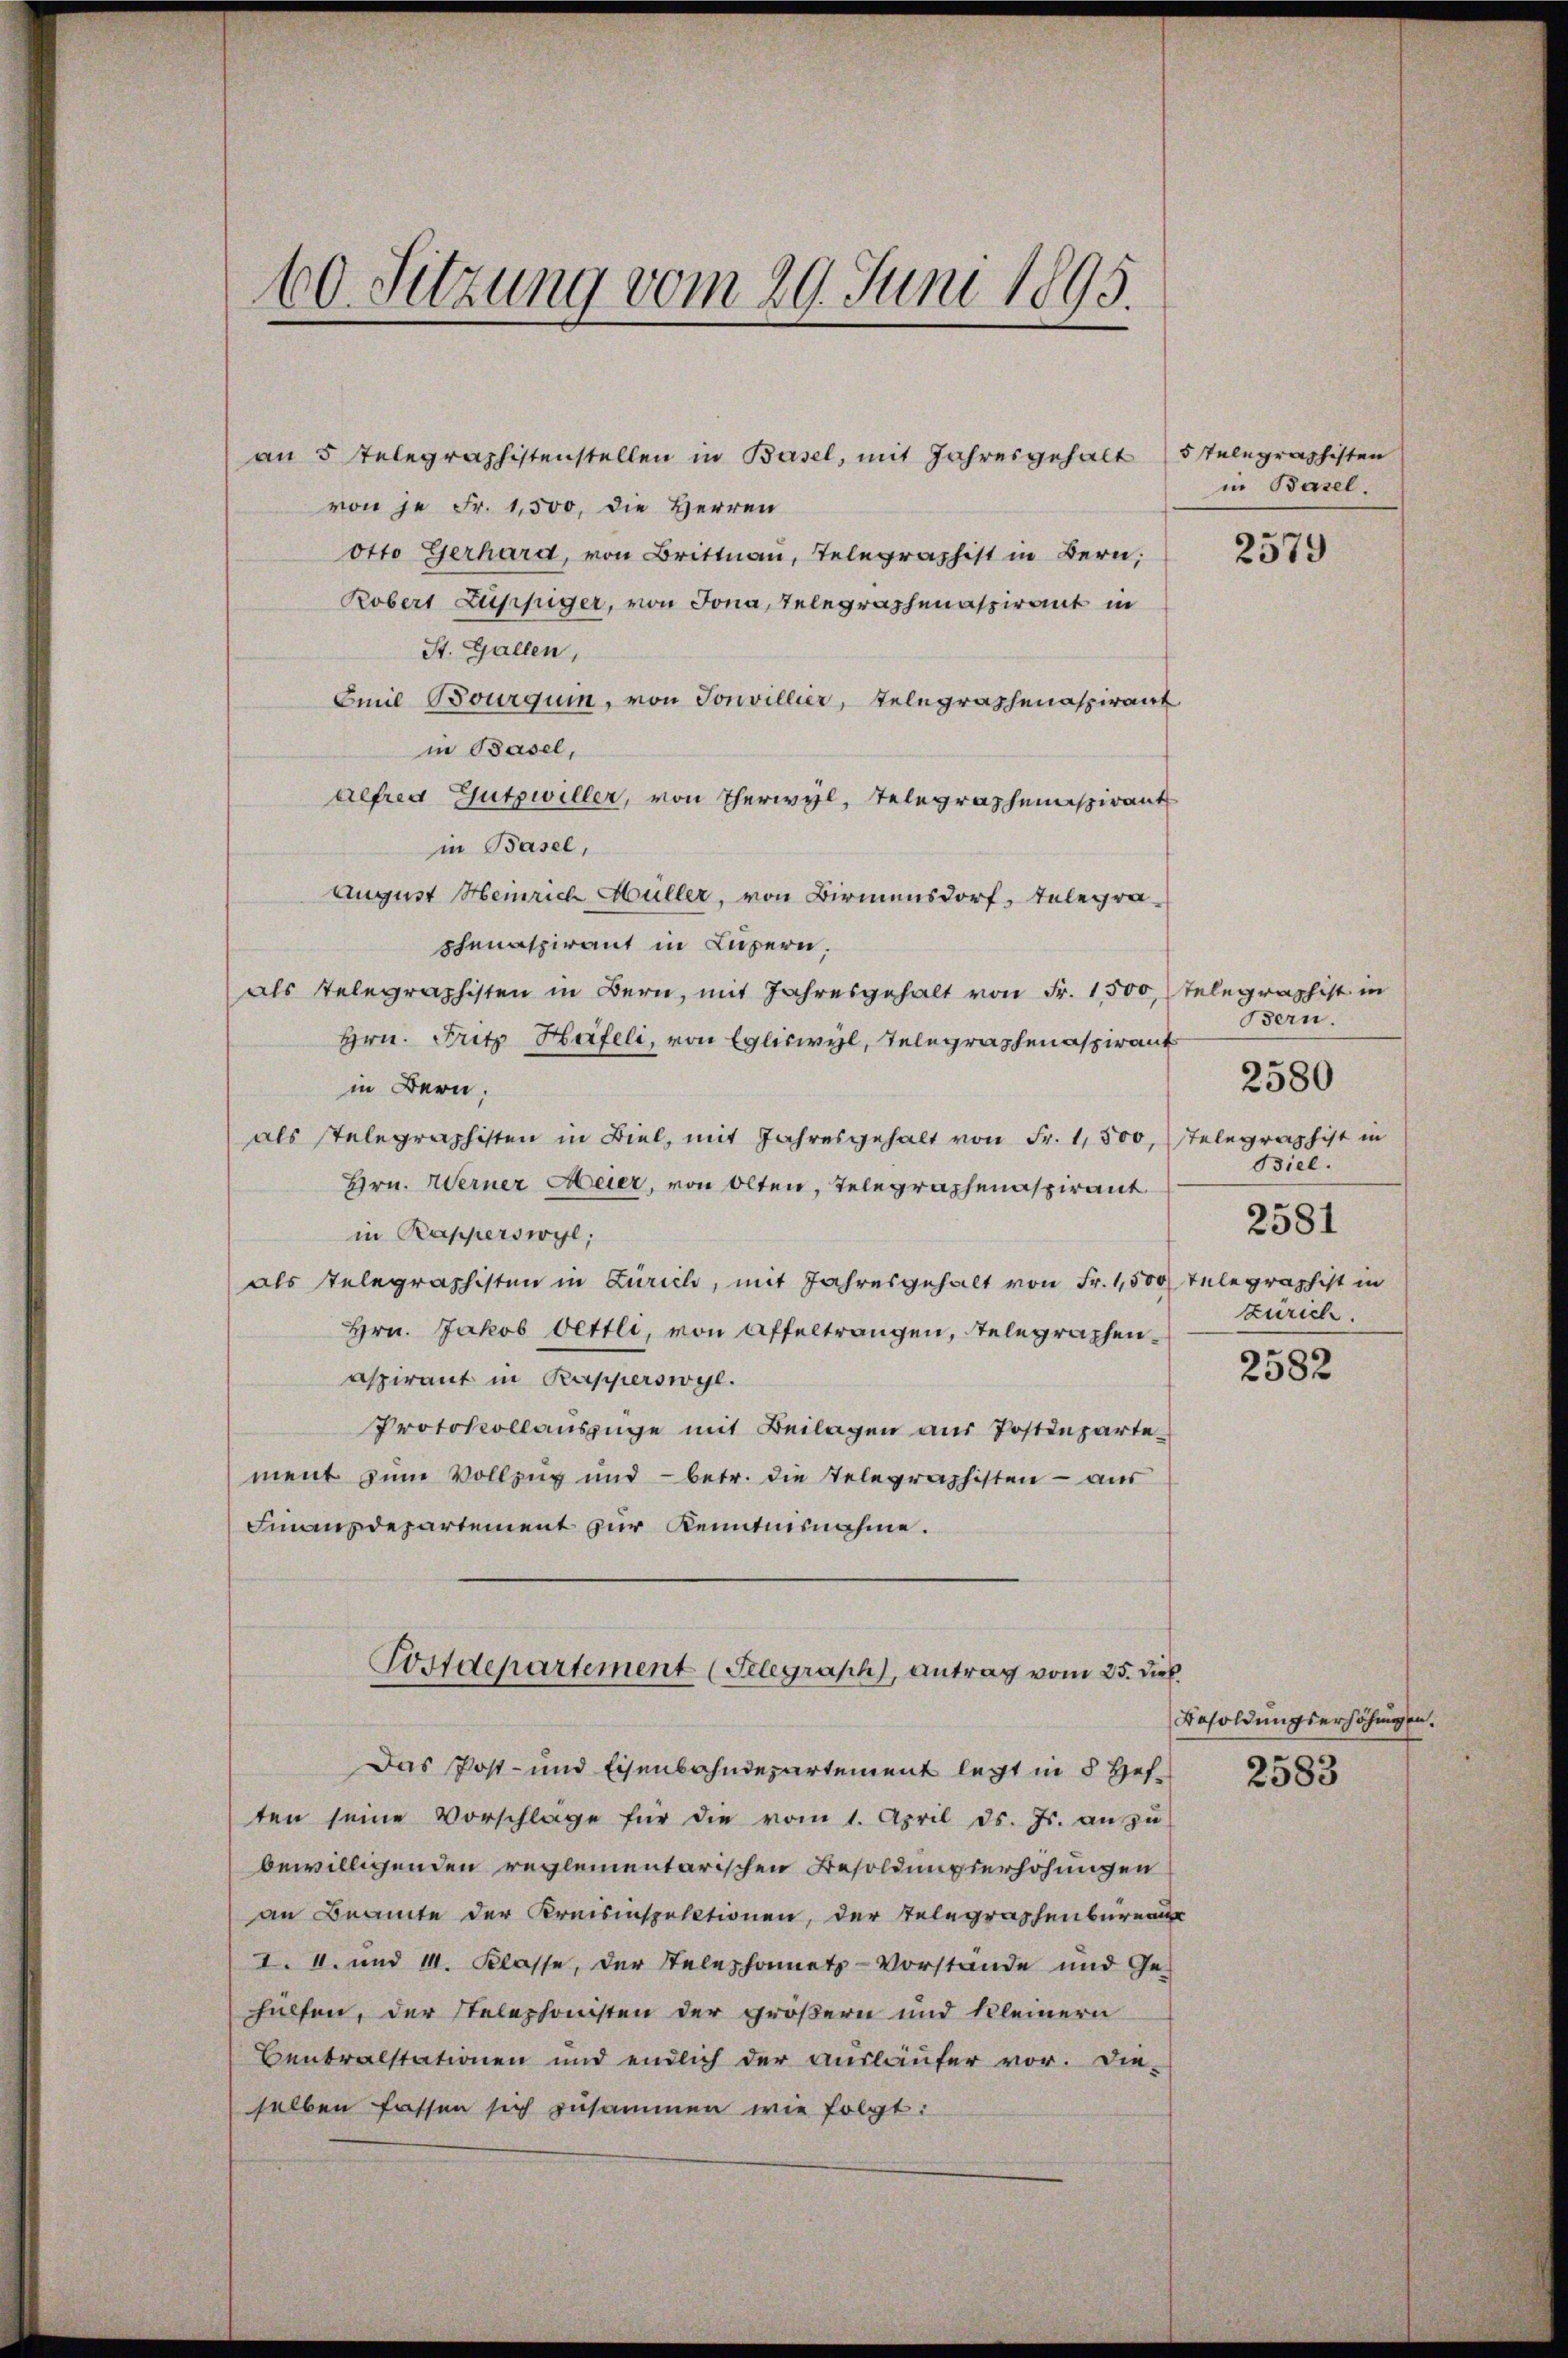
von je Fr. 1,500, die Herren
Kobers Luppiger, von Jona, Telegraphenaspirant in
St. Gallen,
Emil Bourquin, von Sonvillier, Telegraphenaspirant
in Basel,
aefred Gutzwiller, von Therwyl, Telegraphenspirant
in Basel,
August Heinrich Müller, von Birmensdorf, Telegraphenaspirant in Luzern.
als Telegraphisten in Bern, mit Jahresgehalt von Fr. 1,500,
Hrn. Fritz Häfeli, von Egliswyl, Telegraphenaspirant
in Bern.
als stelegraphisten in Biel, mit Jahresgehalt von Fr. 1,500, Telegraphist in
Hrn. Werner Meier, von Olten, Telegraphenaspirant
in Rapperswyl,
als Telegraphisten in Züricli, mit Jahresgehalt von Fr. 1,500 Telegraphist in
Hrn. Jakob Vettli, von Affeltrangen, Telegraphenaspirant in Kapperswyl.
Protokollauszüge mit Beilagen aus Postenzartement zum Vollzug und - betr. die Telegraphisten - aus
Finanzdepartement zur Kenntnisnahme.
Postdepartement (Telegraph, Antrag vom 25. Dieb.
Das Post- und Eisenbahndepartement legt in § Heften seine Vorschlage für die vom 1. April d. Js. an zŭ
bewilligenden reglementarischen Besoldungserhöhungen
an Beamte der Kreisinspektionen, der Telegraphenbureau
I. 4. und 14. Klasse, der Telephonnets-Vorstände und Ge-
hülfen, der Stelephonisten der größern und kleinern
Centralstationen und endlich der ausläufer vor. Die-
selben fassen sich zusammen wie folgt:

60. Sitzung vom 29. Juni 1895.

an 5 Telegraphistenstellen in Basel, mit Jahresgehalt 5 Telegraphisten
otto Gerhard, von Brittnau, Telegraphist in Bern,

in Basel.

2579

telegraphist in
Bern.
Biel.
2581
Zürich.

2580

2582

Besoldungserhöhungen.
2583